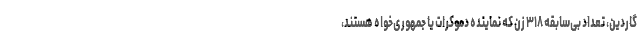
گاردین، تعداد بی‌سابقه ۳۱۸ زن که نماینده دموکرات یا جمهوری‌خواه هستند،